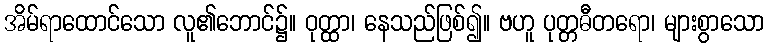
အိမ်ရာထောင်သော လူ၏ဘောင်၌။ ဝုတ္ထာ၊ နေသည်ဖြစ်၍။ ဗဟူ ပုတ္တဓီတရော၊ များစွာသော